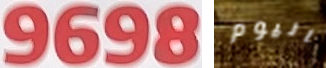
9698 اليوم